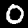
Digit: 0